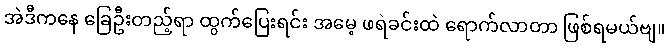
အဲဒီကနေ ခြေဦးတည့်ရာ ထွက်ပြေးရင်း အမေ့ ဖရဲခင်းထဲ ရောက်လာတာ ဖြစ်ရမယ်ဗျ။